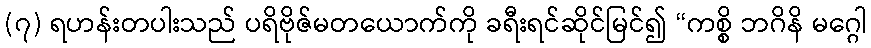
(၇) ရဟန်းတပါးသည် ပရိဗိုဇ်မတယောက်ကို ခရီးရင်ဆိုင်မြင်၍ “ကစ္စိ ဘဂိနိ မဂ္ဂေါ